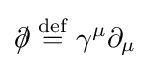
{\partial \!\!\!/}\mathrel {\stackrel {\mathrm {def} }{=}} \gamma ^{\mu }\partial _{\mu }